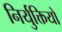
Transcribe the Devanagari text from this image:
निर्युक्तियों